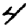
Digit: 4